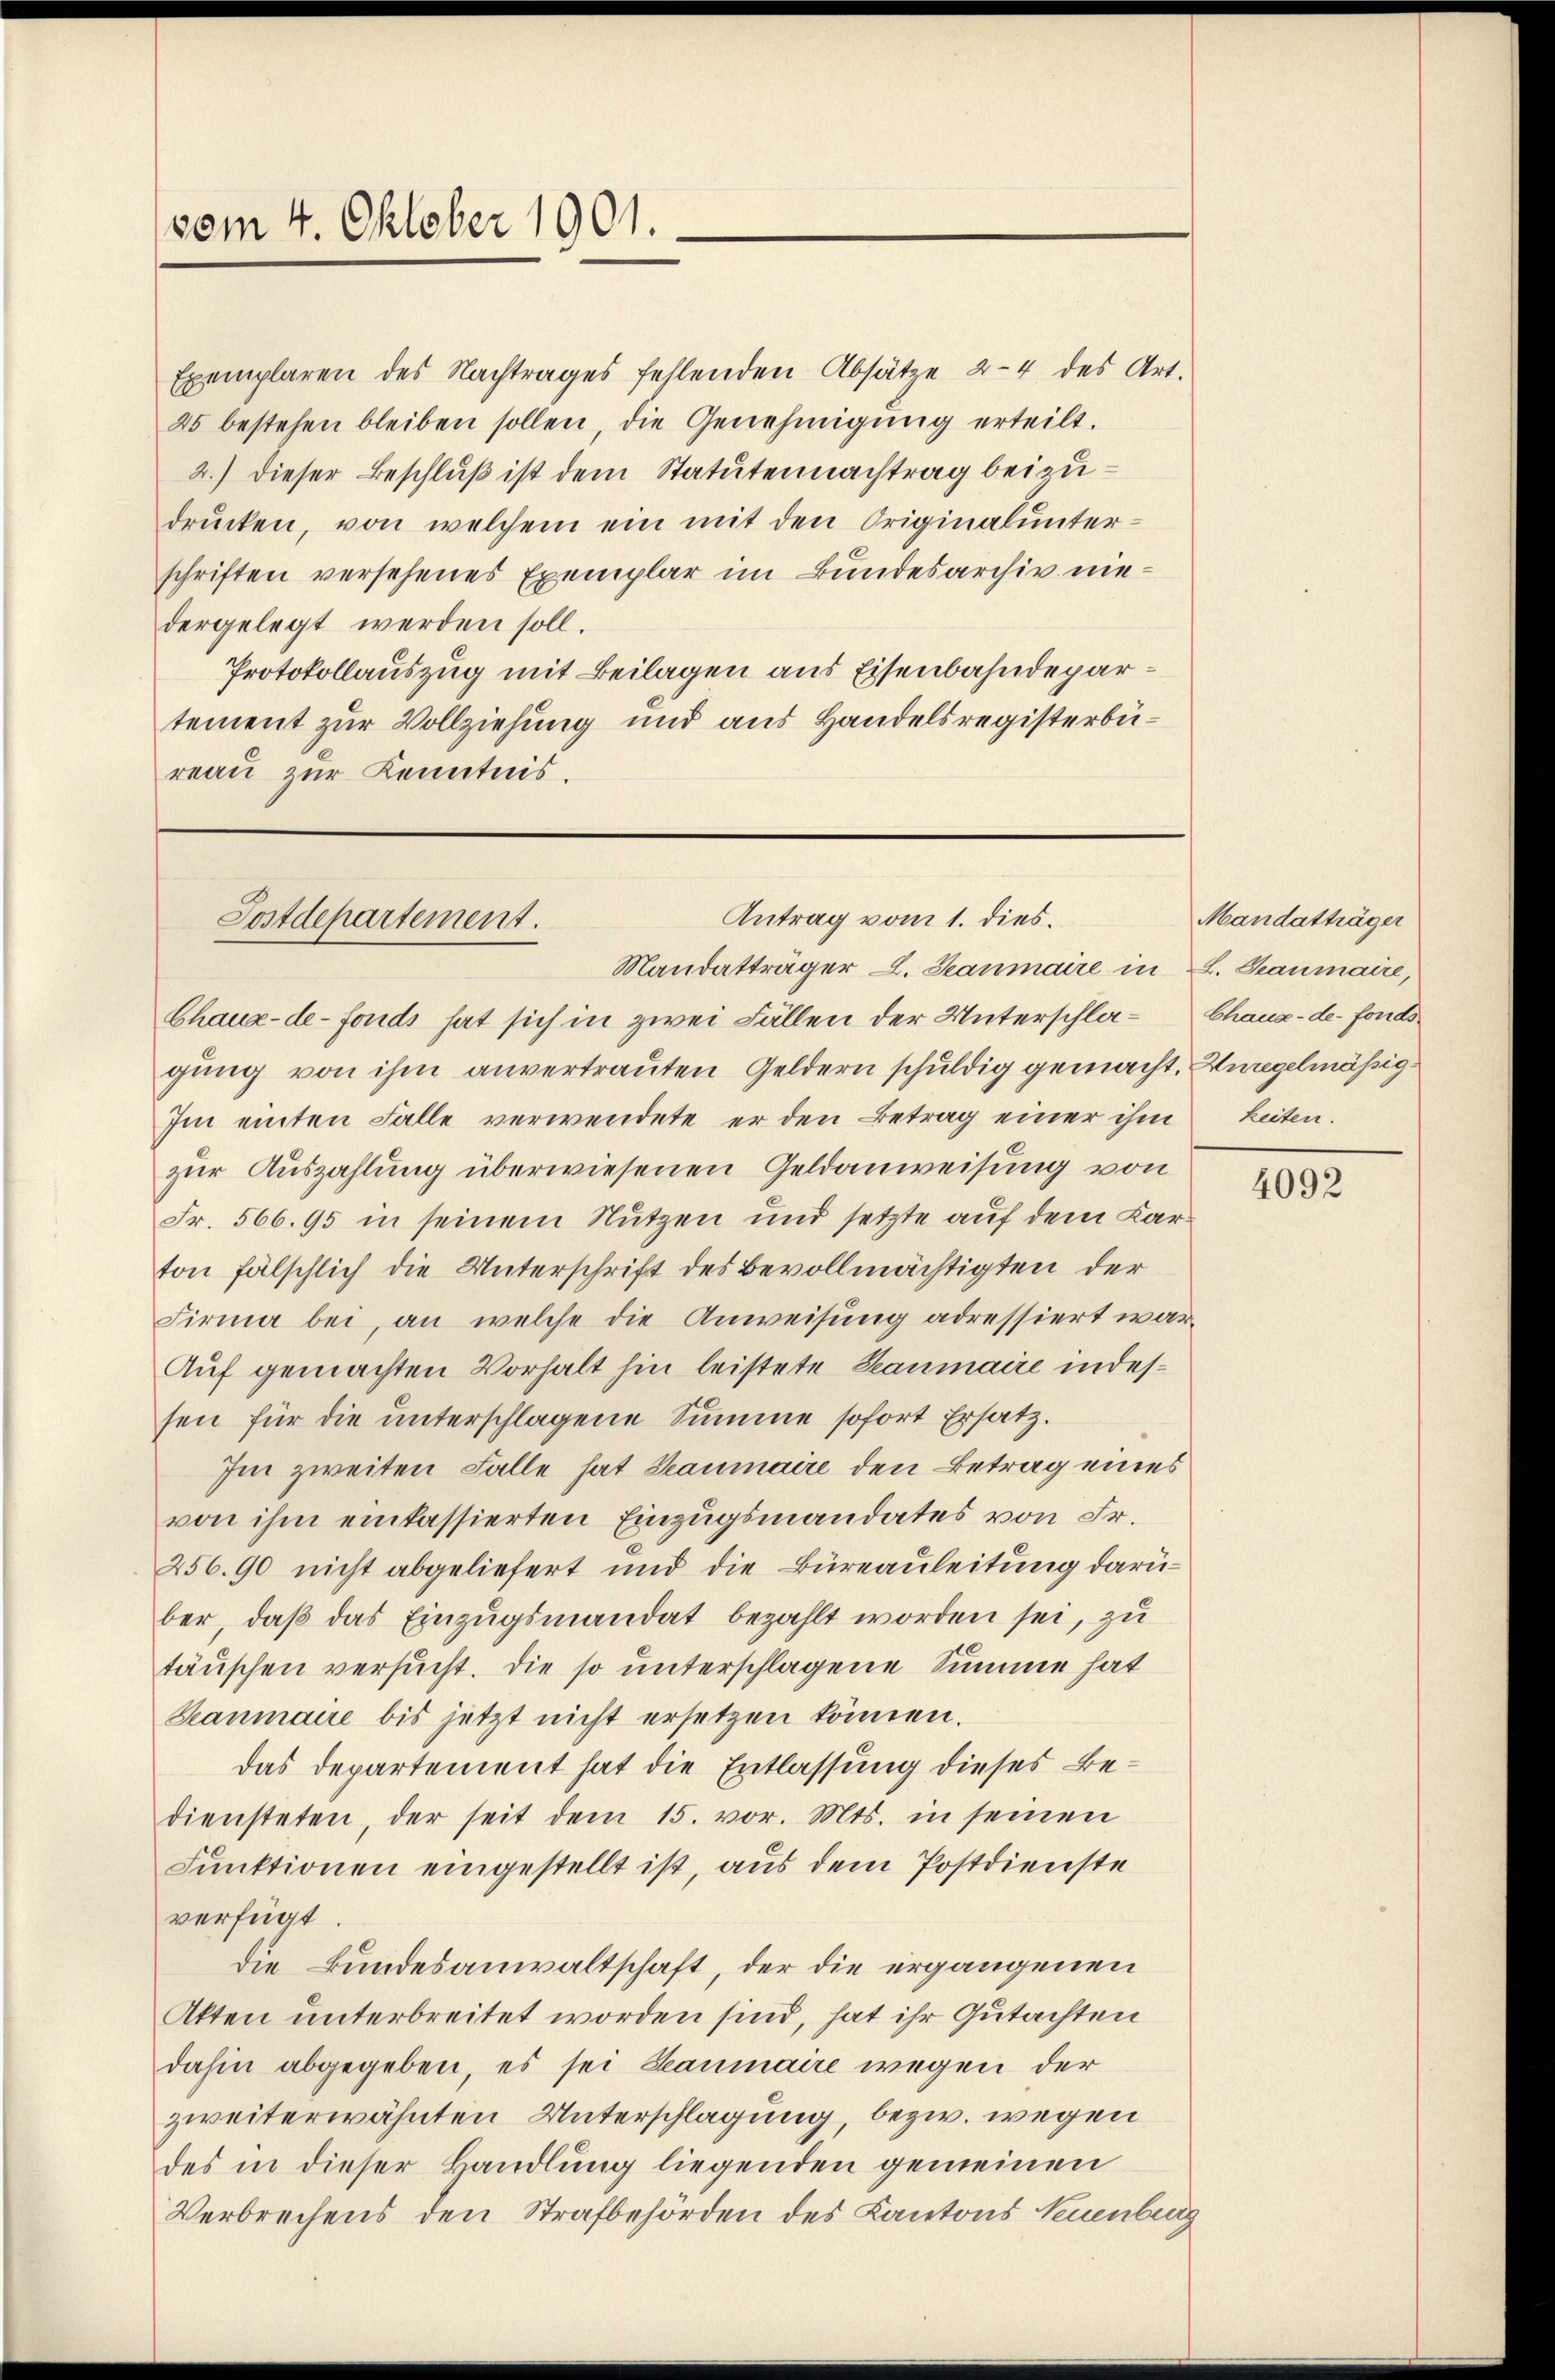
vom 4. Oktober 1901.

Exemplaren des Nachtrages fehlenden Absätze 24 des Art.
25 bestehen bleiben sollen, die Genehmigung erteilt.
2.) Dieser Beschluß ist dem Statutennachtrag beizudrŭcken, von welchem ein mit den Originalunter-
schriften versehenes Exemplar im Bundesarchiv niedergelegt werden soll.
Protokollauszug mit Beilagen aus Eisenbahndepartement zur Vollziehung und aus Handelsregisterbureau zur Kenntnis.

Antrag vom 1. dies
Postdepartement.
Mandatträger L. Sanmaire in L. Staumaire,

Chaux-de-Fonds hat sich in zwei Fällen der Unterschla-Chaux-de-Fondsgung von ihm anvertrauten Geldern schuldig gemacht, Huregelmässig¬
Im einten Falle verwendete er den Betrag einer ihm keiten.
zur Auszahlung überwiesenen Geldanweisung von
Fr. 566. 95 in seinem Nutzen und setzte auf dem Karton fälschlich die Unterschrift des Bevollmächtigten der
Firma bei, an welche die Anweisung adressiert war¬
Auf gemachten Vorhalt hin leistete Beaumaire indessen für die unterschlagene Summe sofort Ersatz.
Im zweiten Falle hat Baumaire den Betrag eines
von ihm einkassierten Einzugsmandates von Fr.
256.90 nicht abgeliefert und die Büreauleitung darüber, daß das Einzugsmandat bezahlt worden sei, zu
täuschen versucht. Die so unterschlagene Summe hat
Kanmaire bis jetzt nicht ersetzen können.
Das Departement hat die Entlassung dieses Bediensteten, der seit dem 15. vor. Mts. in seinen
Funktionen eingestellt ist, aus dem Postdienste
verfügt:
die Bundesanwaltschaft, der die ergangenen
Akten unterbreitet worden sind, hat ihr Gutachten
dahin abgegeben, es sei Beaumaire wegen der
zweiterwähnten Unterschlagung, bezw. wegen
des in dieser Handlung liegenden gemeinen
Verbrechens den Strafbehörden des Kantons Neuenburg

Mandatträger

4092